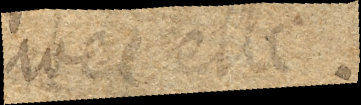
avec elle.